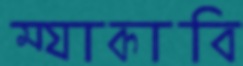
ম্যাকাবি